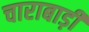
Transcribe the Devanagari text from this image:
चाराबाड़ी